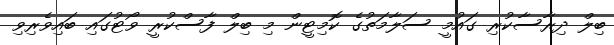
ބިލް ދިރާސާކުރި ގައުމީ ސަލާމަތުގެ ކޮމިޓީން މި ބިލް ފާސްކުރީ ވޯޓުގައި ބައިވެރިވި